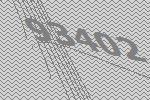
93402